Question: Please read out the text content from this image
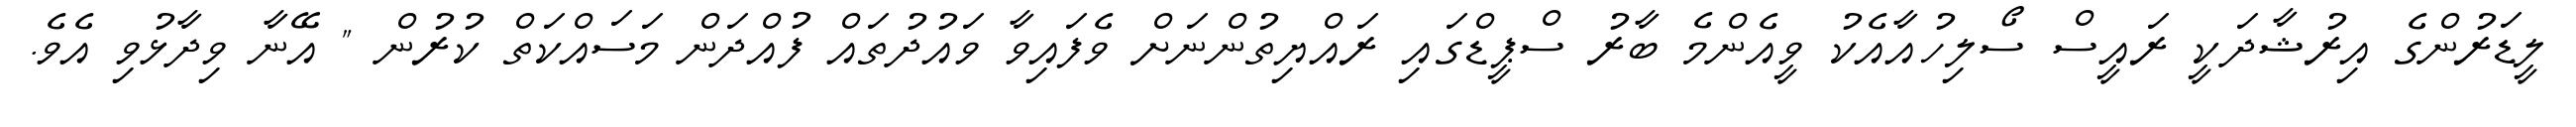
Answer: ލީޑަރުންގެ އިރުޝާދަކީ ރައީސް ސޯލިހުއާއެކު ވީއެންމެ ބާރު ސްޕީޑްގައި ރައްޔިތުންނަށް ވެފައިވާ ވައުދުތައް ފުއްދަން މަސައްކަތް ކުރުން " އޭނާ ވިދާޅުވި އެވެ.